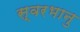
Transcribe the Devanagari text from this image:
स्वरभानु